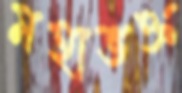
মহাভক্ত